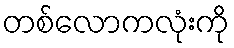
တစ်လောကလုံးကို